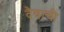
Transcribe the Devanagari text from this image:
दैवाची